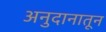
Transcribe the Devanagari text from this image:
अनुदानातून